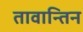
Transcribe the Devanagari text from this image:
तावान्तिन